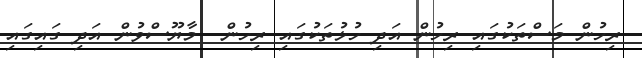
ރިހުން މަސްތަކުގައި ރިހުން އަދި ހުޅުތަކުގައި ރިހުން  މާޔޫސްވުން އަދި ގައިގައި